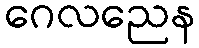
ဂေလညေန